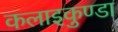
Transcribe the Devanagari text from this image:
कलाइकुण्डा